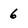
Character: 6